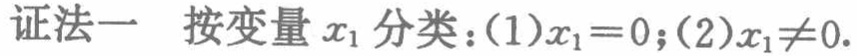
证法一 按变量 \(x_1\) 分类：(1)\(x_1 = 0\);(2)\(x_1\neq0\).